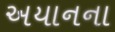
અયાનના